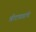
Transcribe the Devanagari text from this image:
श्रीराघवांचे